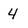
Character: 4